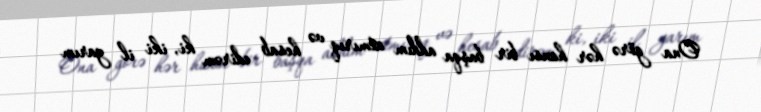
Ona görə hər hansı bir başqa addım atmırıq və hesab edirəm ki, iki il yarım